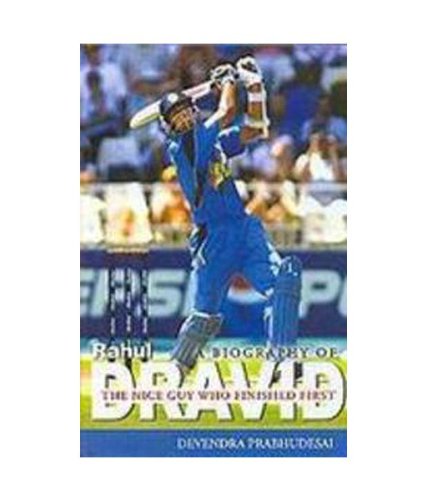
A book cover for A Biography of Rahul Dravid: The Nice Guy Who Finished First; Devendra Prabhudesai; Sports & Outdoors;